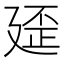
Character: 𱝓